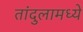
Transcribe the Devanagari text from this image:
तांदुलामध्ये